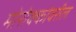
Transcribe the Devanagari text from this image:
मोरोक्कोवरील